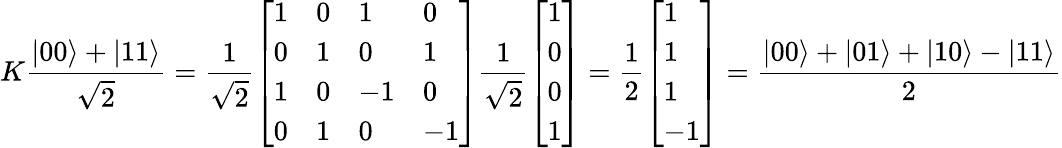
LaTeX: K{\frac{|00\rangle+|11\rangle}{\sqrt{2}}}={\frac{1}{\sqrt{2}}}{\left[\begin{array}{llll}{1}&{0}&{1}&{0}\\ {0}&{1}&{0}&{1}\\ {1}&{0}&{-1}&{0}\\ {0}&{1}&{0}&{-1}\end{array}\right]}{\frac{1}{\sqrt{2}}}{\left[\begin{array}{l}{1}\\ {0}\\ {0}\\ {1}\end{array}\right]}={\frac{1}{2}}{\left[\begin{array}{l}{1}\\ {1}\\ {1}\\ {-1}\end{array}\right]}={\frac{|00\rangle+|01\rangle+|10\rangle-|11\rangle}{2}}